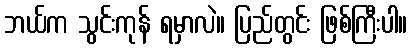
ဘယ်က သွင်းကုန် ရမှာလဲ။ ပြည်တွင်း ဖြစ်ကြီးပါ။